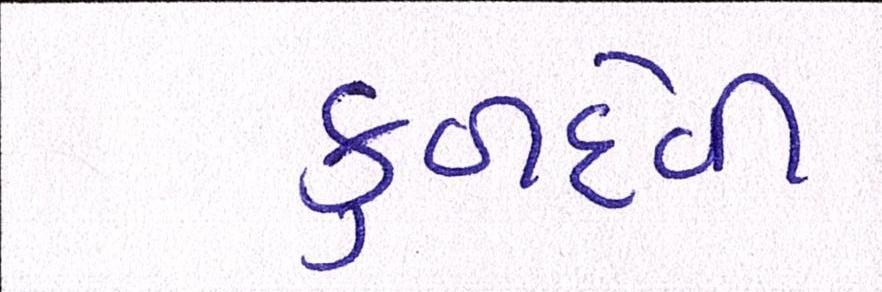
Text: કુળદેવી